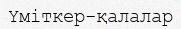
Үміткер-қалалар